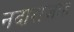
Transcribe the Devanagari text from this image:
नदाराजाह